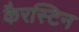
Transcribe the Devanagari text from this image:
कैरस्टिन